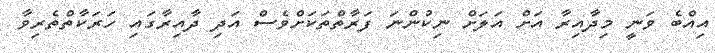
އިއްބެ ވަނީ މިދާއިރާ އަށް އަލަށް ނިކުންނަ ފަރާތްތަކަށްވެސް އަދި ދާއިރާގައި ހަރަކާތްތެރިވާ